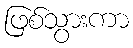
ဖြစ်သွားကာ